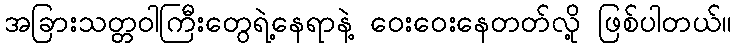
အခြားသတ္တဝါကြီးတွေရဲ့နေရာနဲ့ ဝေးဝေးနေတတ်လို့ ဖြစ်ပါတယ်။